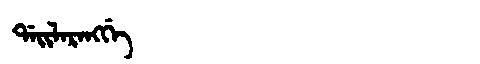
Manchu: ᡩᠠᡳᠯᠠᡵᠠᠩᡤᡝ
Romanization: DAILARANGGE